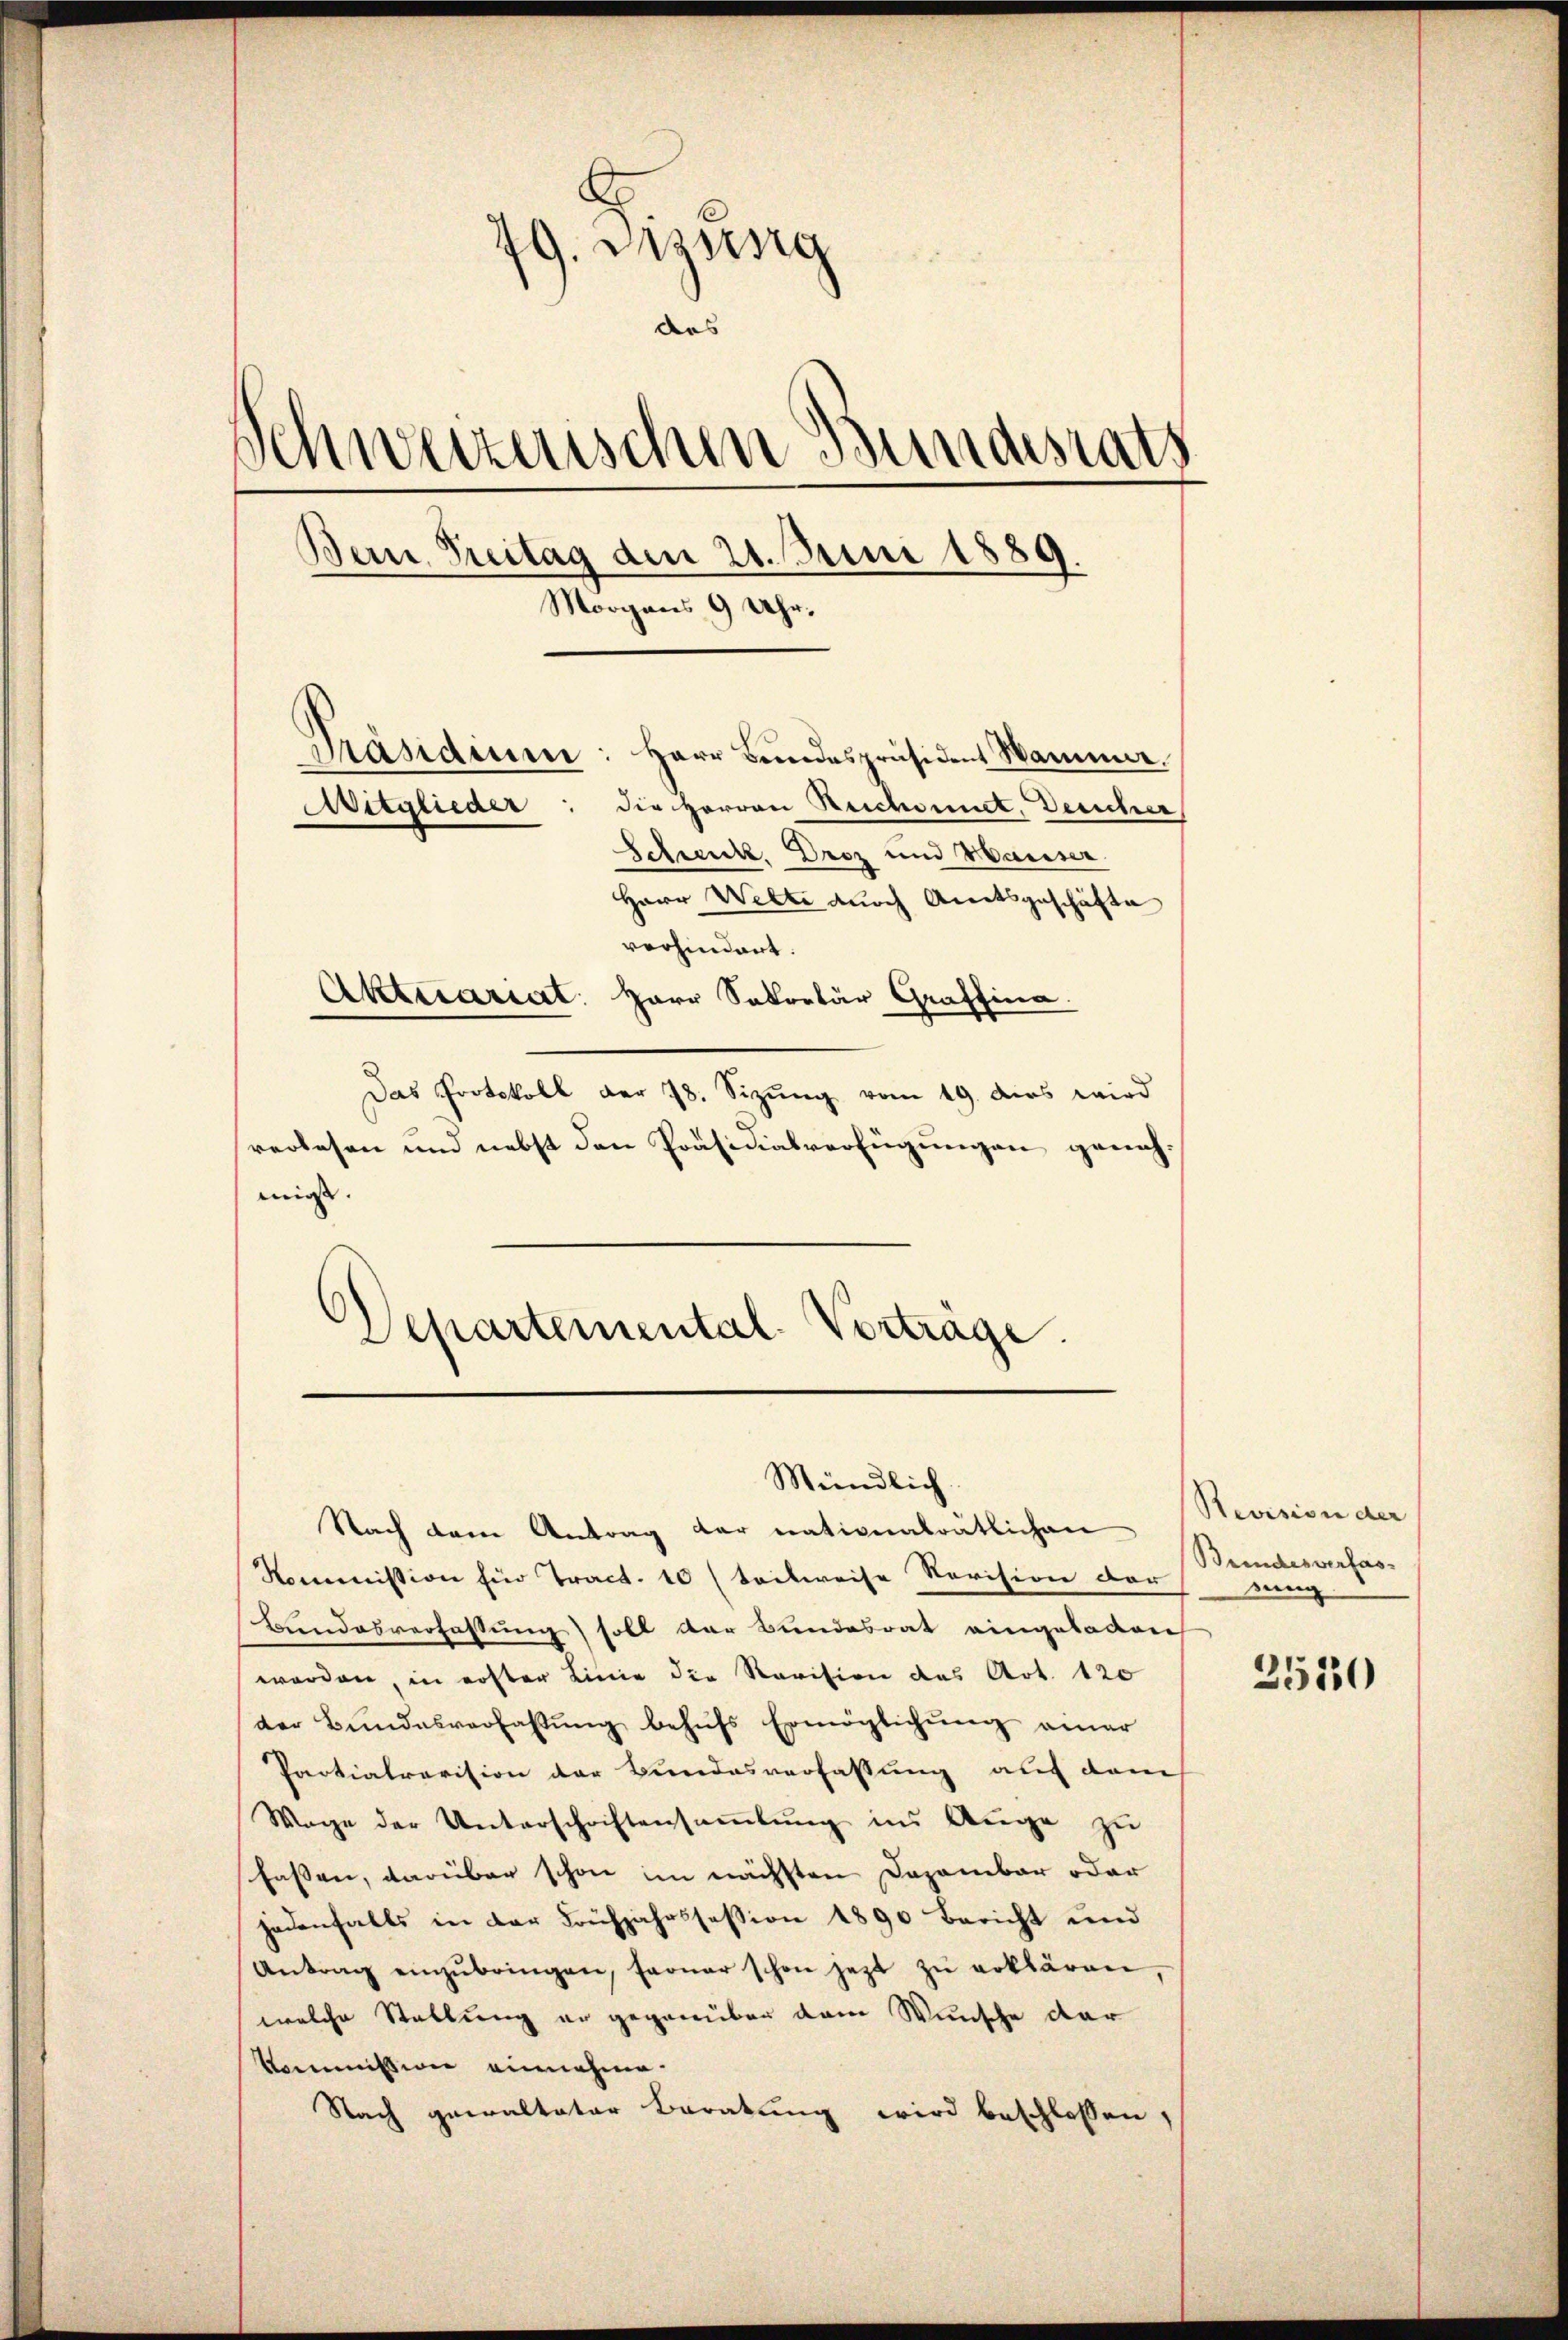
79. Dessing
das |
Schweizerischen Bundesrath
Bern Preitag den 21. Juni 1889
.
Morgens 9 Uhr.
Präsidium
Herr Bundespräsident Sammer.
Mitglieder
die Herren Reichennet, Bericher,
Schenk. Droz und Hauser
Herr Welte durch Amtsgeschäfte
vorhindert.
Aktuariat. Herr Sekretär Graffina

Das Protokoll der 78. Sizung vom 19. das wird
verlesen und nebst den Präsidialverfügungen genehmis.
Departeinental-Vorträge.

Mündlich.
Nach dem Antrag der nationalrätlichen

Kommission für Tract. 10 (teilweise Revision der
Bundesverfassung) soll der Bundesrat eingeladen
worden, in erster Linie die Revision des Art. 120
der Bundesverfassung behufs Ermöglichung einer
Paotialrevision der Bundesverfassung auf dem
Wage der Unterschriftensamlung in Auge zu
fassen, darüber schon im nächsten Dezember oder
jedenfalls in der Frühjahrssession 1890 Bericht und
Antrag einzŭbringen, ferner schon jetzt zu erklären
welche Stellung er gegenüber dem Wunsche dar
kommission einnahme.
Nach gewalteter Beratung wird beschlossen,

Revision der
Bundesverfasseng

2530